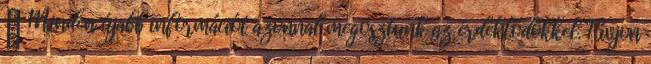
→ Minden újabb információt azonnal megosztunk az érdeklődőkkel. Hívjon